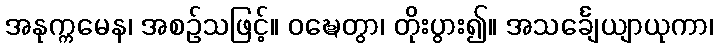
အနုက္ကမေန၊ အစဉ်သဖြင့်။ ဝဍ္ဎေတွာ၊ တိုးပွား၍။ အသင်္ချေယျာယုကာ၊